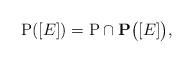
LaTeX: \begin{align*}\mathrm{P}([E])=\mathrm{P}\cap\mathbf{P}\bigl([E]\bigr),\end{align*}